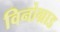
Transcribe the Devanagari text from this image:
विनोग्राड